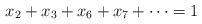
LaTeX: \begin{align*}x_2+x_3+x_6+x_7+\cdots =1\end{align*}